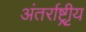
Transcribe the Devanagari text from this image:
अंतर्राष्ट्रीृय